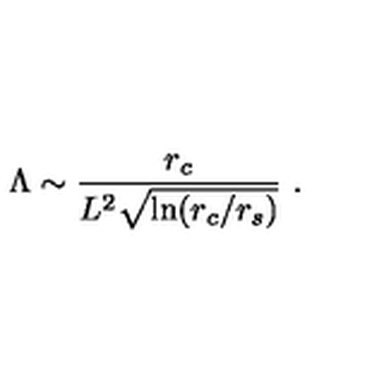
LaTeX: \Lambda \sim \frac { r _ { c } } { L ^ { 2 } \sqrt { \ln ( r _ { c } / r _ { s } ) } } \ .